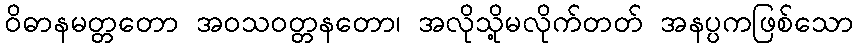
ဝိဓာနမတ္တတော အဝသဝတ္တနတော၊ အလိုသို့မလိုက်တတ် အနပ္ပကဖြစ်သော